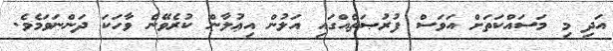
އަދި މި މަސައްކަތަށް އަވަސް ފުރުޞަތެއްގައި އަލުން އިޢުލާން ކުރެވޭނެ ވާހަކަ ދަންނަވަމެވެ.